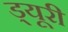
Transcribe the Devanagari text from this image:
ड्यूरी